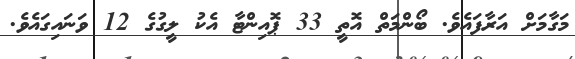
މަގާމަށް އަރާފައެވެ. ބޯންމަތް އޮތީ 33 ޕޮއިންޓާ އެކު ލީގުގެ 12 ވަނައިގައެވެ.